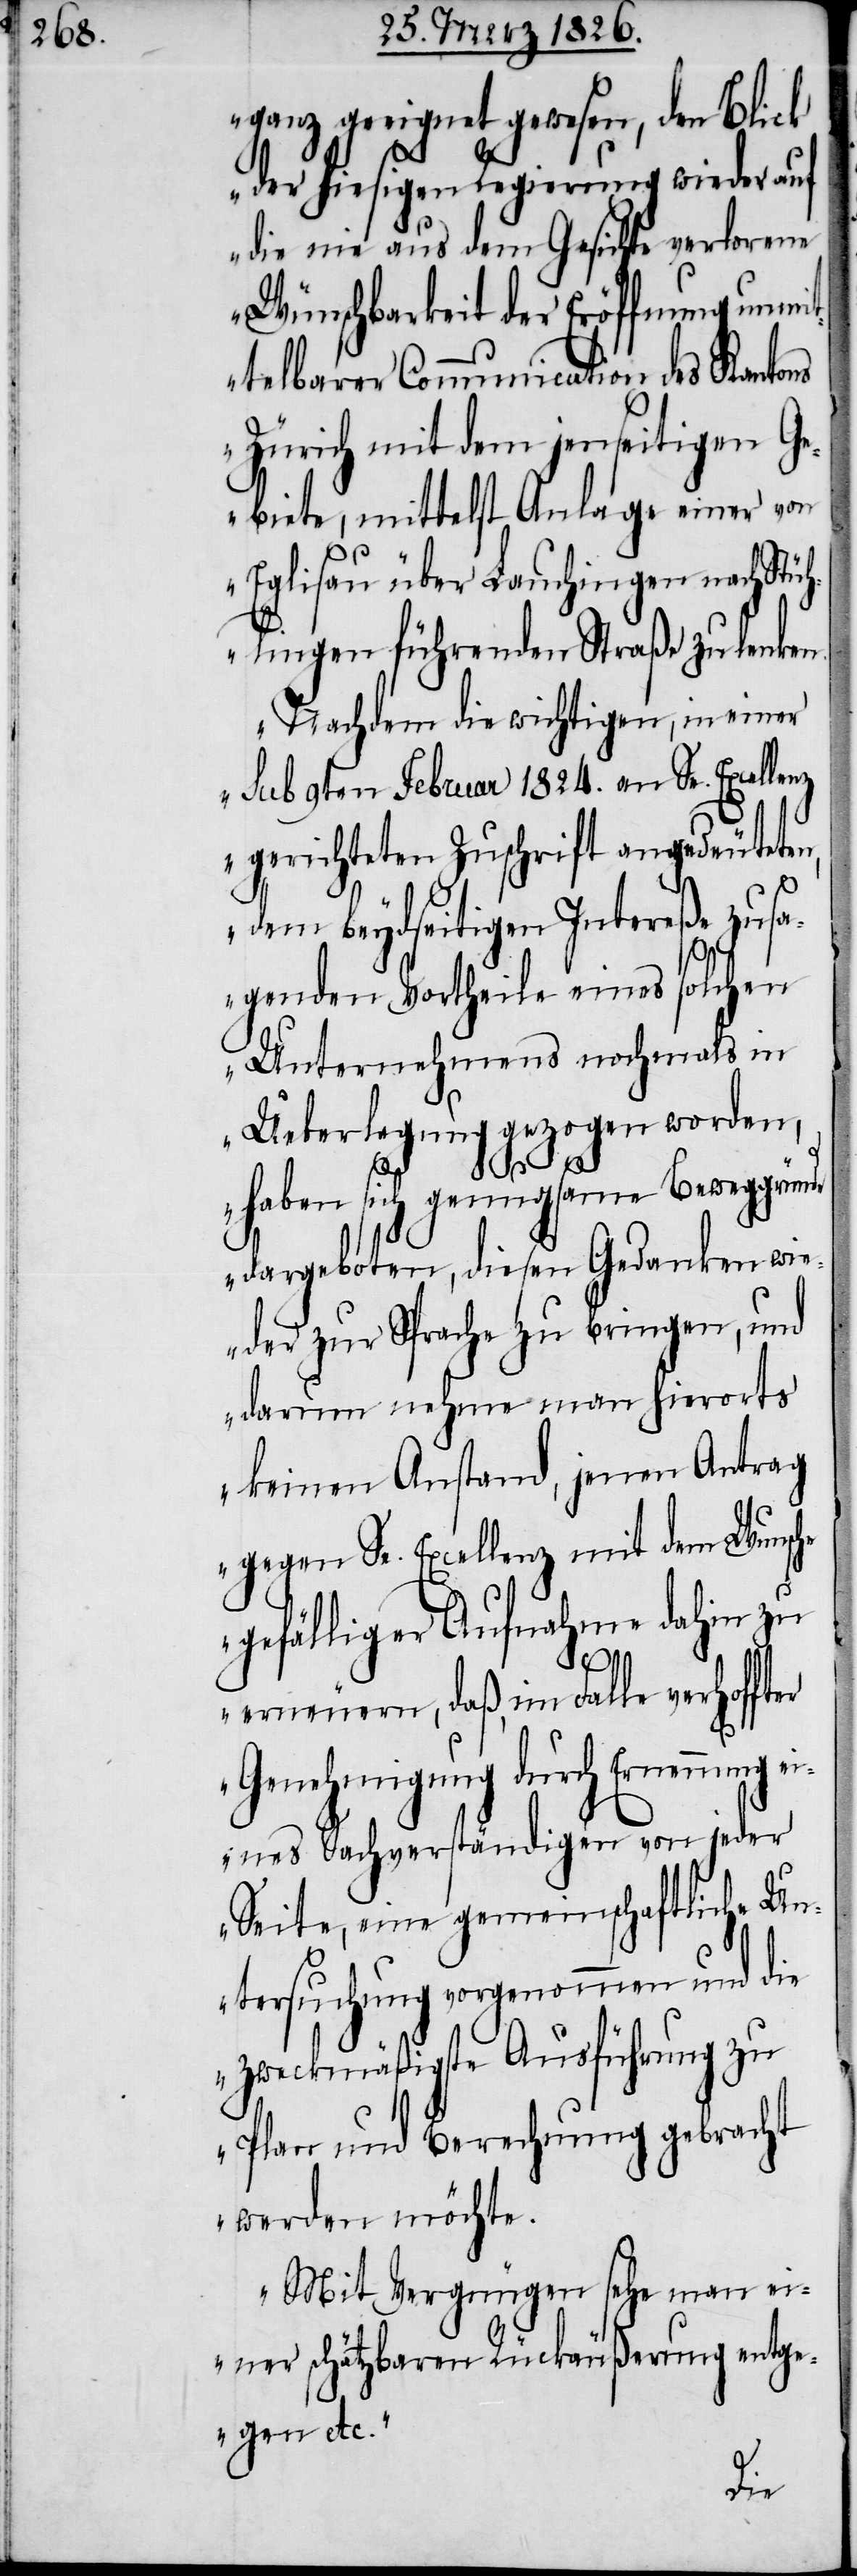
ganz geeignet gewesen, den Blick
der hiesigen Regierung wieder auf
die nie aus dem Gesichte verlorene
Wünschbarkeit der Eröffnung unmit¬
telbarer Communication des Kantons
Zürich mit dem jenseitigen G¬
ebiete, mittelst Anlage einer von
Eglisau über Lauchingen nach Stüh¬
lingen führenden Straße zu lenken.
Nachdem die wichtigen, in einer
sub 9ten Februar 1824. an Se. Excellenz
gerichteten Zuschrift angedeuteten,
dem beydseitigen Intereße zusa¬
genden Vortheile eines solchen
Unternehmens nochmals in
Ueberlegung gezogen worden,
de
haben sich genugsame Beweggrün¬
dargeboten, diesen Gedanken wie¬
der zur Sprache zu bringen, und
darum nehme man hierorts
keinen Anstand, jenen Antrag
gegen Se. Excellenz mit dem Wunsche
gefälliger Aufnahme dahin zu
erneuern, daß, im Falle verhoffter
Genehmigung durch Ernennung
eines Sachverständigen von jeder
Seite, eine gemeinschaftliche Un¬
tersuchung vorgenommen und die
zweckmäßigste Ausführung zu
Plan und Berathung gebracht
werden möchte.
Mit Vergnügen sehe man ei¬
ner schätzbaren Rückäußerung entg¬
egen etc.“